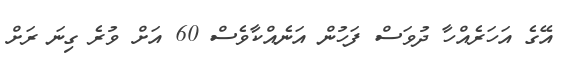
އޭގެ އަހަރެއްހާ ދުވަސް ފަހުން އަނެއްކާވެސް 60 އަށް ވުރެ ގިނަ ރަށް